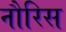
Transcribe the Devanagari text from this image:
नौरिस